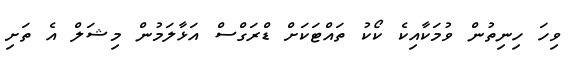
ވިހަ ހިނިތުން ވުމަކާއިކެ ކޯކު ތައްޓަކަށް ޑްރަގްސް އަޅާލަމުން މިޝަލް އެ ތަށި